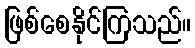
ဖြစ်စေနိုင်ကြသည်။